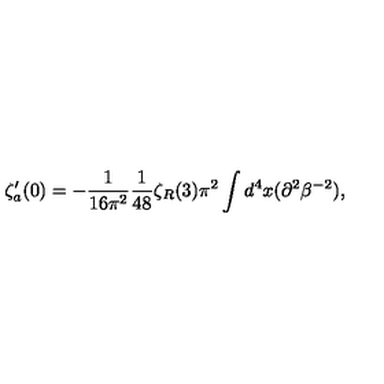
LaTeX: \zeta _ { a } ^ { \prime } ( 0 ) = - { \frac { 1 } { 1 6 \pi ^ { 2 } } } { \frac { 1 } { 4 8 } } \zeta _ { R } ( 3 ) \pi ^ { 2 } \int d ^ { 4 } x ( \partial ^ { 2 } \beta ^ { - 2 } ) ,